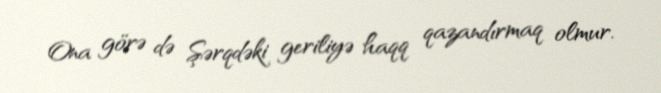
Ona görə də Şərqdəki geriliyə haqq qazandırmaq olmur.